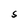
Character: S